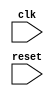
module Sandbox(
    /*[Clock]*/ input clk,
    /*[Reset]*/ input reset
);


//***Using verbose item name
/*[Previous --signal wire1]*/
reg wire1Previous;


//***Using item position to identify the signal
wire wire2;
/*[Previous wire2]*/
reg wire2Previous;


//***Infer name, p1_ prefix tells Arctic Fox wire3 is the signal
//***In the second Previous, p2_ prefix tell Arctic Fox it is the second previous, and p1_wire3 is the signal
//*****ICII'S FAVORITE**
wire wire3;
/*[Previous]*/
reg p1_wire3;
/*[Previous]*/
reg p2_wire3;
endmodule